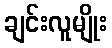
ချင်းလူမျိုး